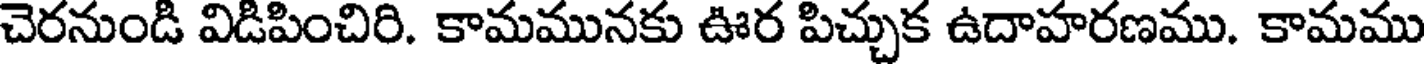
చెరనుండి విడిపించిరి. కామమునకు ఊర పిచ్చుక ఉదాహరణము. కామము